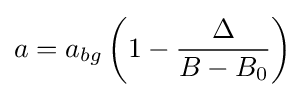
a=a_{bg}\left(1-{\frac {\Delta }{B-B_{0}}}\right)